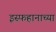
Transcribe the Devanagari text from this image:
इस्फहानाच्या